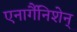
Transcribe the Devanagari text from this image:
एनार्गैनिशेन्